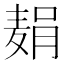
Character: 𫜓